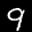
Label: 9